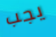
يجب